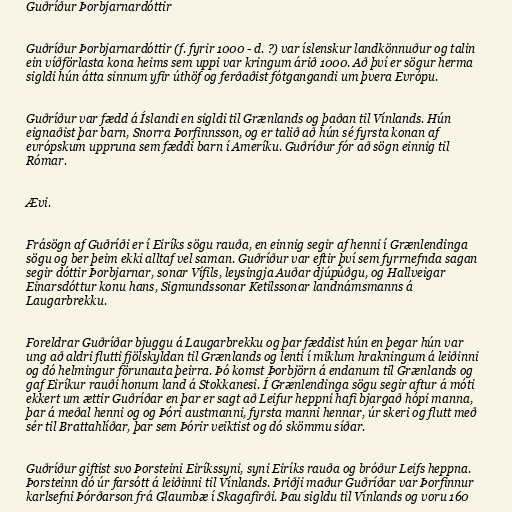
Guðríður Þorbjarnardóttir

Guðríður Þorbjarnardóttir (f. fyrir 1000 - d. ?) var íslenskur landkönnuður og talin
ein víðförlasta kona heims sem uppi var kringum árið 1000. Að því er sögur herma
sigldi hún átta sinnum yfir úthöf og ferðaðist fótgangandi um þvera Evrópu.

Guðríður var fædd á Íslandi en sigldi til Grænlands og þaðan til Vínlands. Hún
eignaðist þar barn, Snorra Þorfinnsson, og er talið að hún sé fyrsta konan af
evrópskum uppruna sem fæddi barn í Ameríku. Guðríður fór að sögn einnig til
Rómar.

Ævi.

Frásögn af Guðríði er í Eiríks sögu rauða, en einnig segir af henni í Grænlendinga
sögu og ber þeim ekki alltaf vel saman. Guðríður var eftir því sem fyrrnefnda sagan
segir dóttir Þorbjarnar, sonar Vífils, leysingja Auðar djúpúðgu, og Hallveigar
Einarsdóttur konu hans, Sigmundssonar Ketilssonar landnámsmanns á
Laugarbrekku.

Foreldrar Guðríðar bjuggu á Laugarbrekku og þar fæddist hún en þegar hún var
ung að aldri flutti fjölskyldan til Grænlands og lenti í miklum hrakningum á leiðinni
og dó helmingur förunauta þeirra. Þó komst Þorbjörn á endanum til Grænlands og
gaf Eiríkur rauði honum land á Stokkanesi. Í Grænlendinga sögu segir aftur á móti
ekkert um ættir Guðríðar en þar er sagt að Leifur heppni hafi bjargað hópi manna,
þar á meðal henni og og Þóri austmanni, fyrsta manni hennar, úr skeri og flutt með
sér til Brattahlíðar, þar sem Þórir veiktist og dó skömmu síðar.

Guðríður giftist svo Þorsteini Eiríkssyni, syni Eiríks rauða og bróður Leifs heppna.
Þorsteinn dó úr farsótt á leiðinni til Vínlands. Þriðji maður Guðríðar var Þorfinnur
karlsefni Þórðarson frá Glaumbæ í Skagafirði. Þau sigldu til Vínlands og voru 160